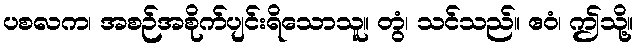
ပစလက၊ အစဉ်အစိုက်ပျင်းရိသောသူ။ တွံ၊ သင်သည်။ ဧဝံ၊ ဤသို့။